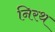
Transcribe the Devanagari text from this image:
निरथ